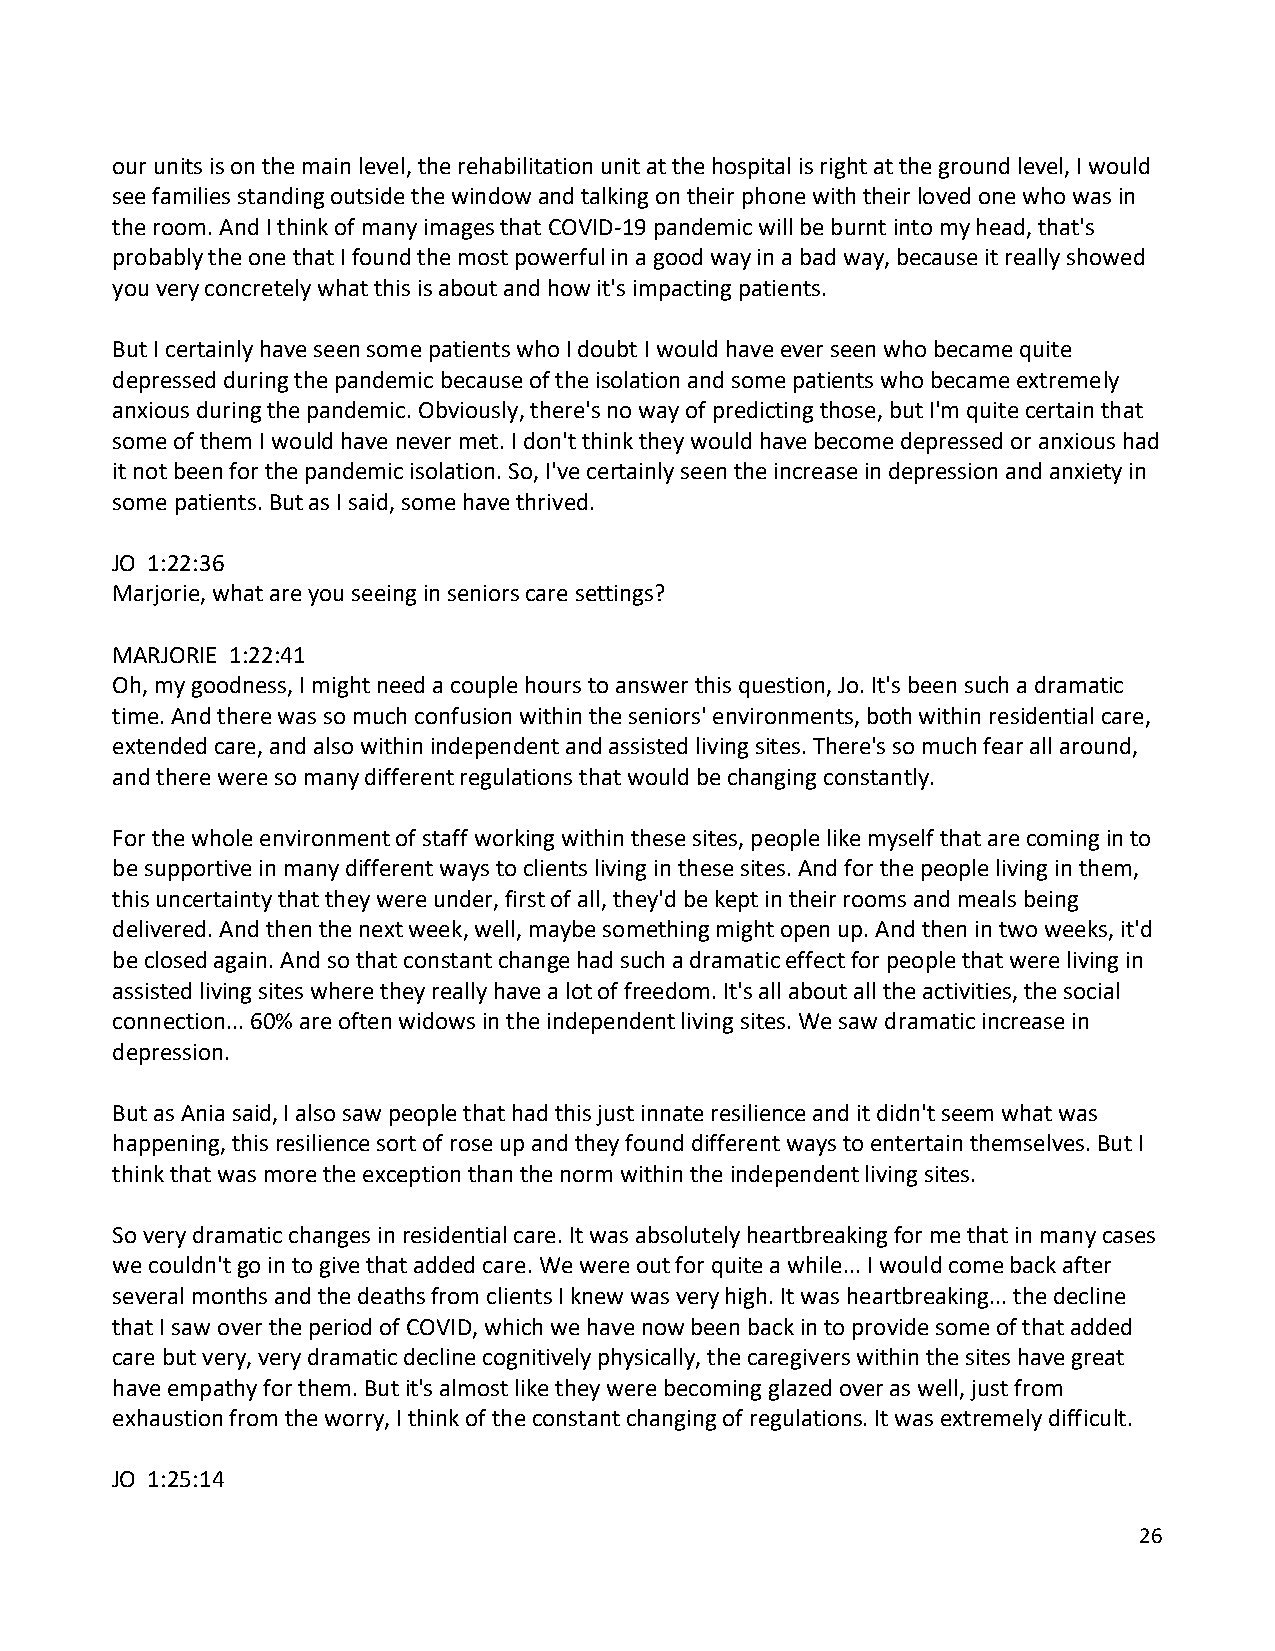
our units is on the main level, the rehabilitation unit at the hospital is right at the ground level, I would
 see families standing outside the window and talking on their phone with their loved one who was in
 the room. And I think of many images that COVID-19 pandemic will be burnt into my head, that's
 probably the one that I found the most powerful in a good way in a bad way, because it really showed
 you very concretely what this is about and how it's impacting patients.
 But I certainly have seen some patients who I doubt I would have ever seen who became quite
 depressed during the pandemic because of the isolation and some patients who became extremely
 anxious during the pandemic. Obviously, there's no way of predicting those, but I'm quite certain that
 some of them I would have never met. I don't think they would have become depressed or anxious had
 it not been for the pandemic isolation. So, I've certainly seen the increase in depression and anxiety in
 some patients. But as I said, some have thrived.
 JO 1:22:36
 Marjorie, what are you seeing in seniors care settings?
 MARJORIE 1:22:41
 Oh, my goodness, I might need a couple hours to answer this question, Jo. It's been such a dramatic
 time. And there was so much confusion within the seniors' environments, both within residential care,
 extended care, and also within independent and assisted living sites. There's so much fear all around,
 and there were so many different regulations that would be changing constantly.
 For the whole environment of staff working within these sites, people like myself that are coming in to
 be supportive in many different ways to clients living in these sites. And for the people living in them,
 this uncertainty that they were under, first of all, they'd be kept in their rooms and meals being
 delivered. And then the next week, well, maybe something might open up. And then in two weeks, it'd
 be closed again. And so that constant change had such a dramatic effect for people that were living in
 assisted living sites where they really have a lot of freedom. It's all about all the activities, the social
 connection... 60% are often widows in the independent living sites. We saw dramatic increase in
 depression.
 But as Ania said, I also saw people that had this just innate resilience and it didn't seem what was
 happening, this resilience sort of rose up and they found different ways to entertain themselves. But I
 think that was more the exception than the norm within the independent living sites.
 So very dramatic changes in residential care. It was absolutely heartbreaking for me that in many cases
 we couldn't go in to give that added care. We were out for quite a while... I would come back after
 several months and the deaths from clients I knew was very high. It was heartbreaking... the decline
 that I saw over the period of COVID, which we have now been back in to provide some of that added
 care but very, very dramatic decline cognitively physically, the caregivers within the sites have great
 have empathy for them. But it's almost like they were becoming glazed over as well, just from
 exhaustion from the worry, I think of the constant changing of regulations. It was extremely difficult.
 JO 1:25:14
 26